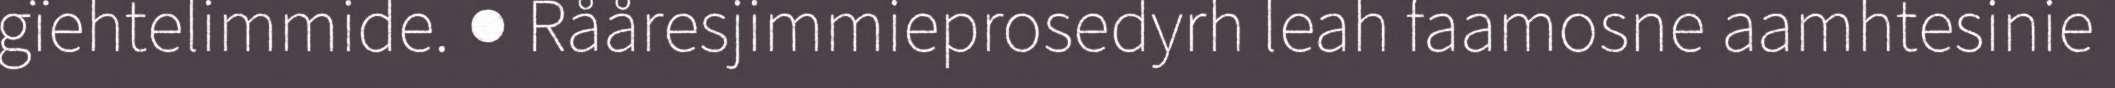
gïehtelimmide. ● Rååresjimmieprosedyrh leah faamosne aamhtesinie